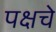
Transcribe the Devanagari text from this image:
पक्षचे